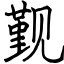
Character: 觐